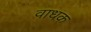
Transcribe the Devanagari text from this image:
वाधक